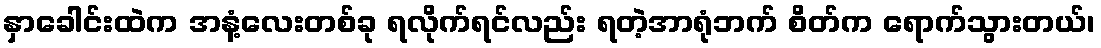
နှာခေါင်းထဲက အနံ့လေးတစ်ခု ရလိုက်ရင်လည်း ရတဲ့အာရုံဘက် စိတ်က ရောက်သွားတယ်၊